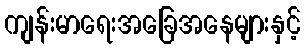
ကျန်းမာရေးအခြေအနေများနှင့်